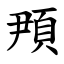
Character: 䪳